65_HS1-834228961_62-HQ-83894_Serial_164
Agency: FBI
Page 33
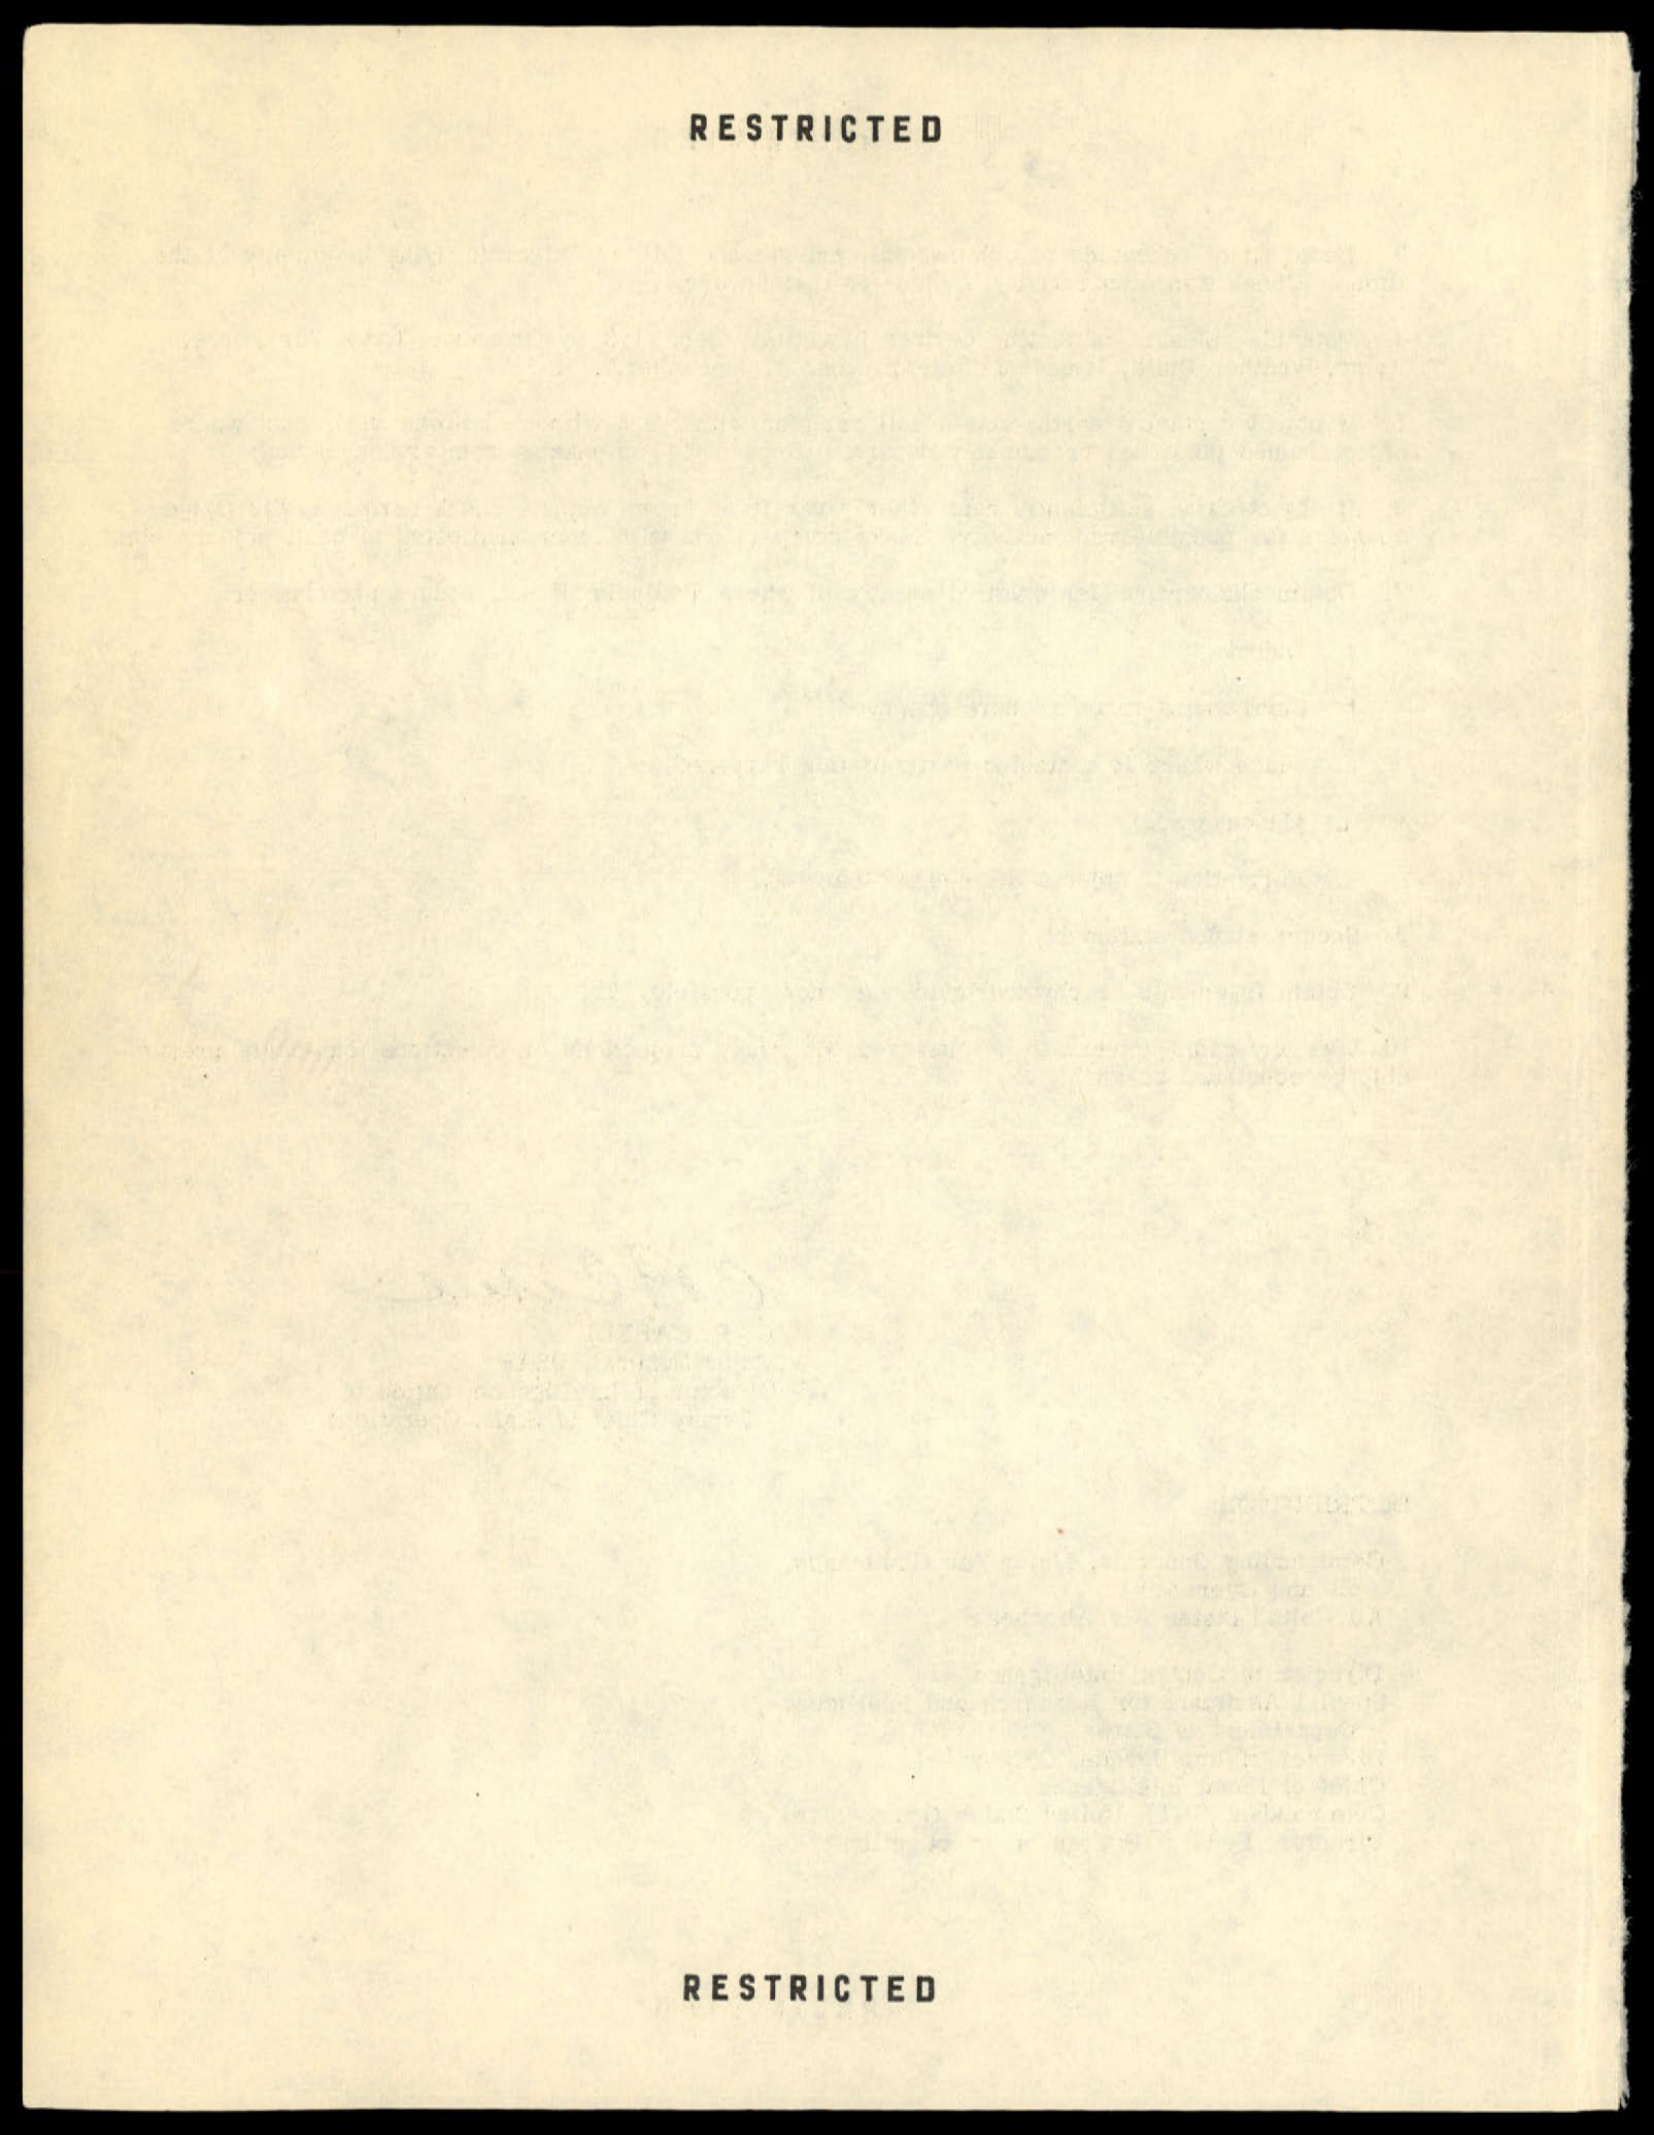